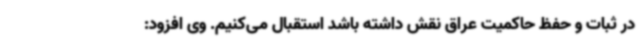
در ثبات و حفظ حاکمیت عراق نقش داشته باشد استقبال می‌کنیم. وی افزود: